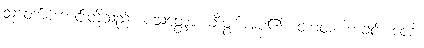
သူတော်ကောင်းတို့သည်။ ပသတ္ထော၊ ချီးမွမ်းအပ်၏။ တာတ၊ ဘခင်။ ဗေဒါ၊